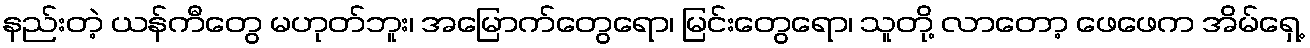
နည်းတဲ့ ယန်ကီတွေ မဟုတ်ဘူး၊ အမြောက်တွေရော၊ မြင်းတွေရော၊ သူတို့ လာတော့ ဖေဖေက အိမ်ရှေ့